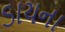
ડાયના